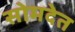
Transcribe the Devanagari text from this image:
सोमदेत